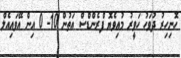
ހޮނިހިރު ދުވަހު ހަވީރު މުއިވެޔޮ ފްރެންޑްސް އަތުން 10- 0 އިން އޭވައިއެލް